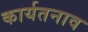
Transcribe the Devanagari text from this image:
कार्यतनाव